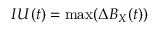
I U ( t ) = \operatorname* { m a x } ( { \Delta B _ { X } ( t ) } )